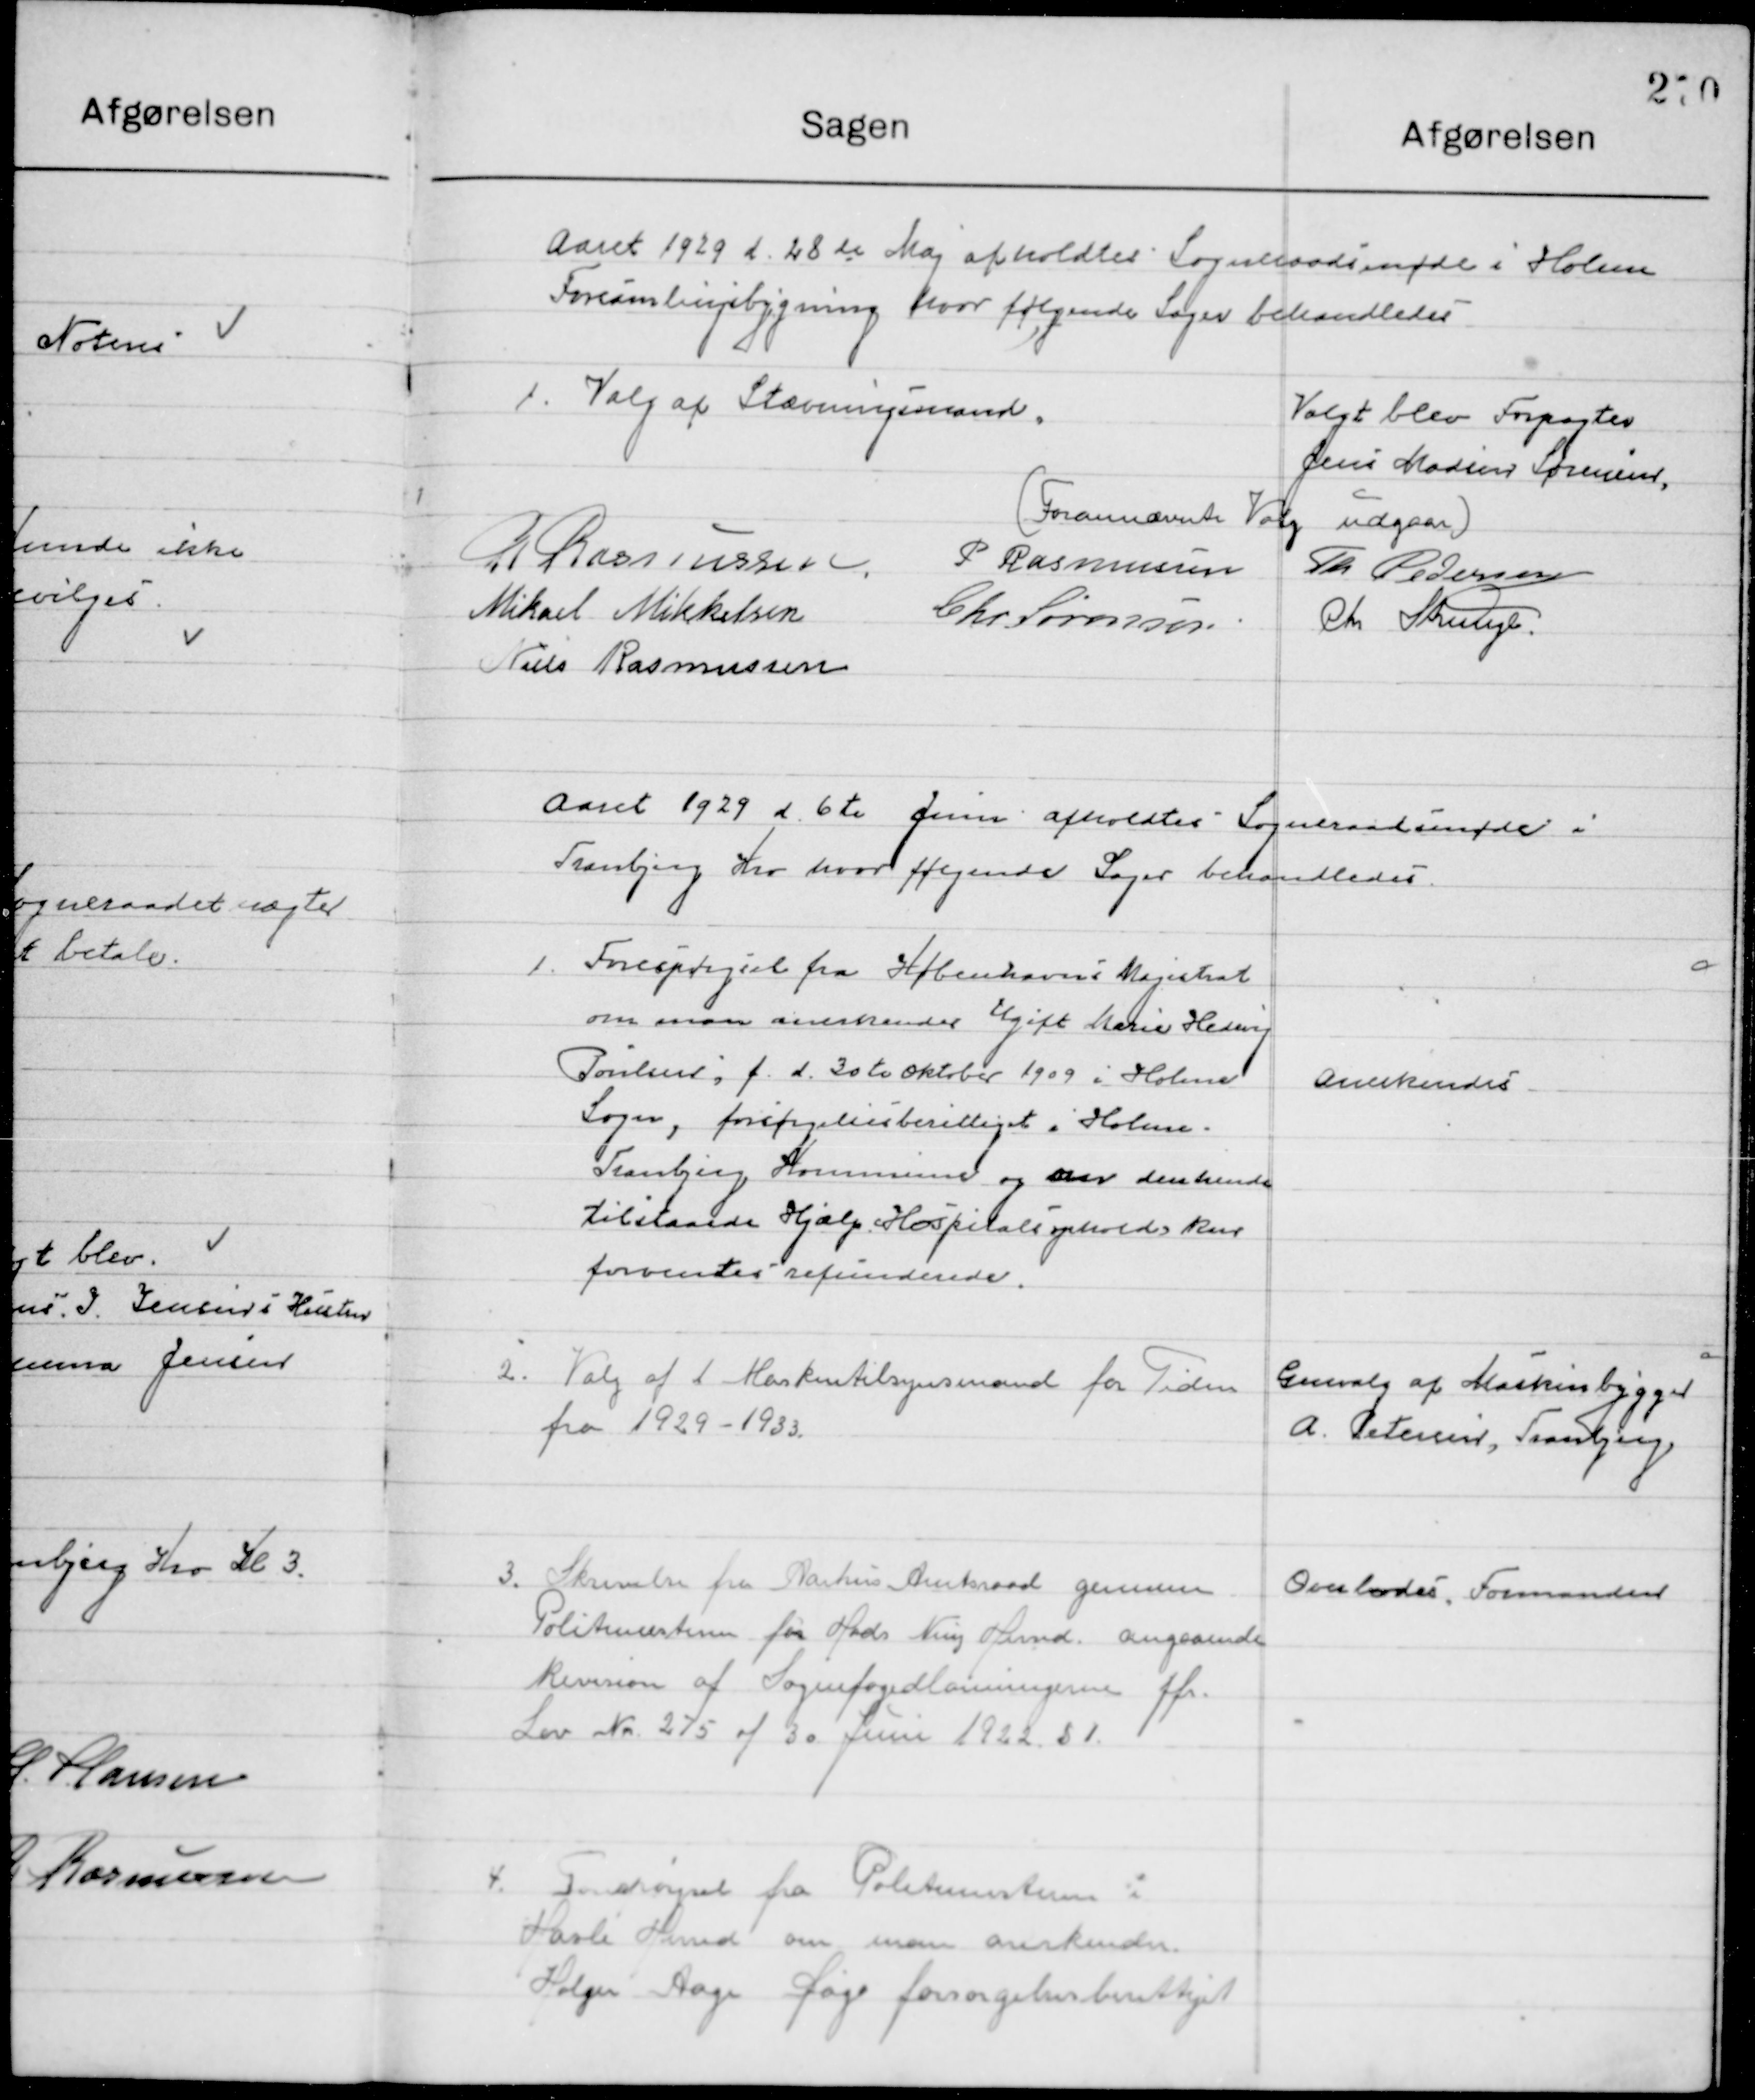
Transskription:
Aaret 1929 d. 28 Maj  afholdt Sogneraadsmøde i Holme 
Forsamlingsbygning hvor følgende Sager behandledes.

1

Valg af Stævningsmand

Valgt blev forpagter
Jens Marius Sørensen

(Formands Valg udgaar)

R. Rasmussen
P. Rasmussen
Th. Pedersen
Mikael Mikkelsen
Chr. Sørensen
Chr. Strunge
Niels Rasmussen

Aaret 1929 d. 6de Juni  afholdt Sogneraadsmøde i 
Tranbjerg hvor følgende Sager behandledes.

1

Forespørgsel fra Københavns Magistrat
Om man anerkender Ugift Marie Hedvig
Poulsen, f. d. 30de Oktober 1909 i Holme
Sogn, forsørgelsesberettiget i Holme.
Tranbjerg Kommune og er den hende
tilstaaet Hjælp Hospitalsydelsens kur 
forventes refunderet.

Anerkendes

2

Valg af Maskintilsynsmand for Tiden
fra 1929-1933

Genvalg af Maskinbygger
A. Petersen Tranbjerg

3

Skrivelse fra Aarhus Amtsraad gennem 
Politimesteren for Hads Ning Herred angaanede
Revision af Sognefogedlønningerne Jfr.
Lov Nr. 275 af 30 Juni 1922 § 1

Overlodes Formanden

4

Forespørgsel fra Politimesteren i 
Hasle Herred om man anerkender
Holger Aage Søge forsørgelsesberettiget